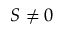
S \ne 0